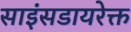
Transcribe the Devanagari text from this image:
साइंसडायरेक्त